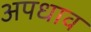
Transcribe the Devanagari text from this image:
अपधाव